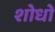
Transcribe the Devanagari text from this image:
शोधो